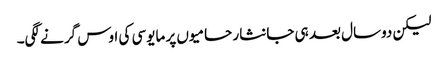
لیکن دوسال بعد ہی جانثار حامیوں پر مایوسی کی اوس گرنے لگی۔